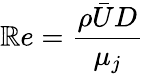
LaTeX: \mathbb{R}e=\frac{{\rho\bar{{U}}D}}{{\mu_{j}}}